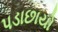
પડાછાયો